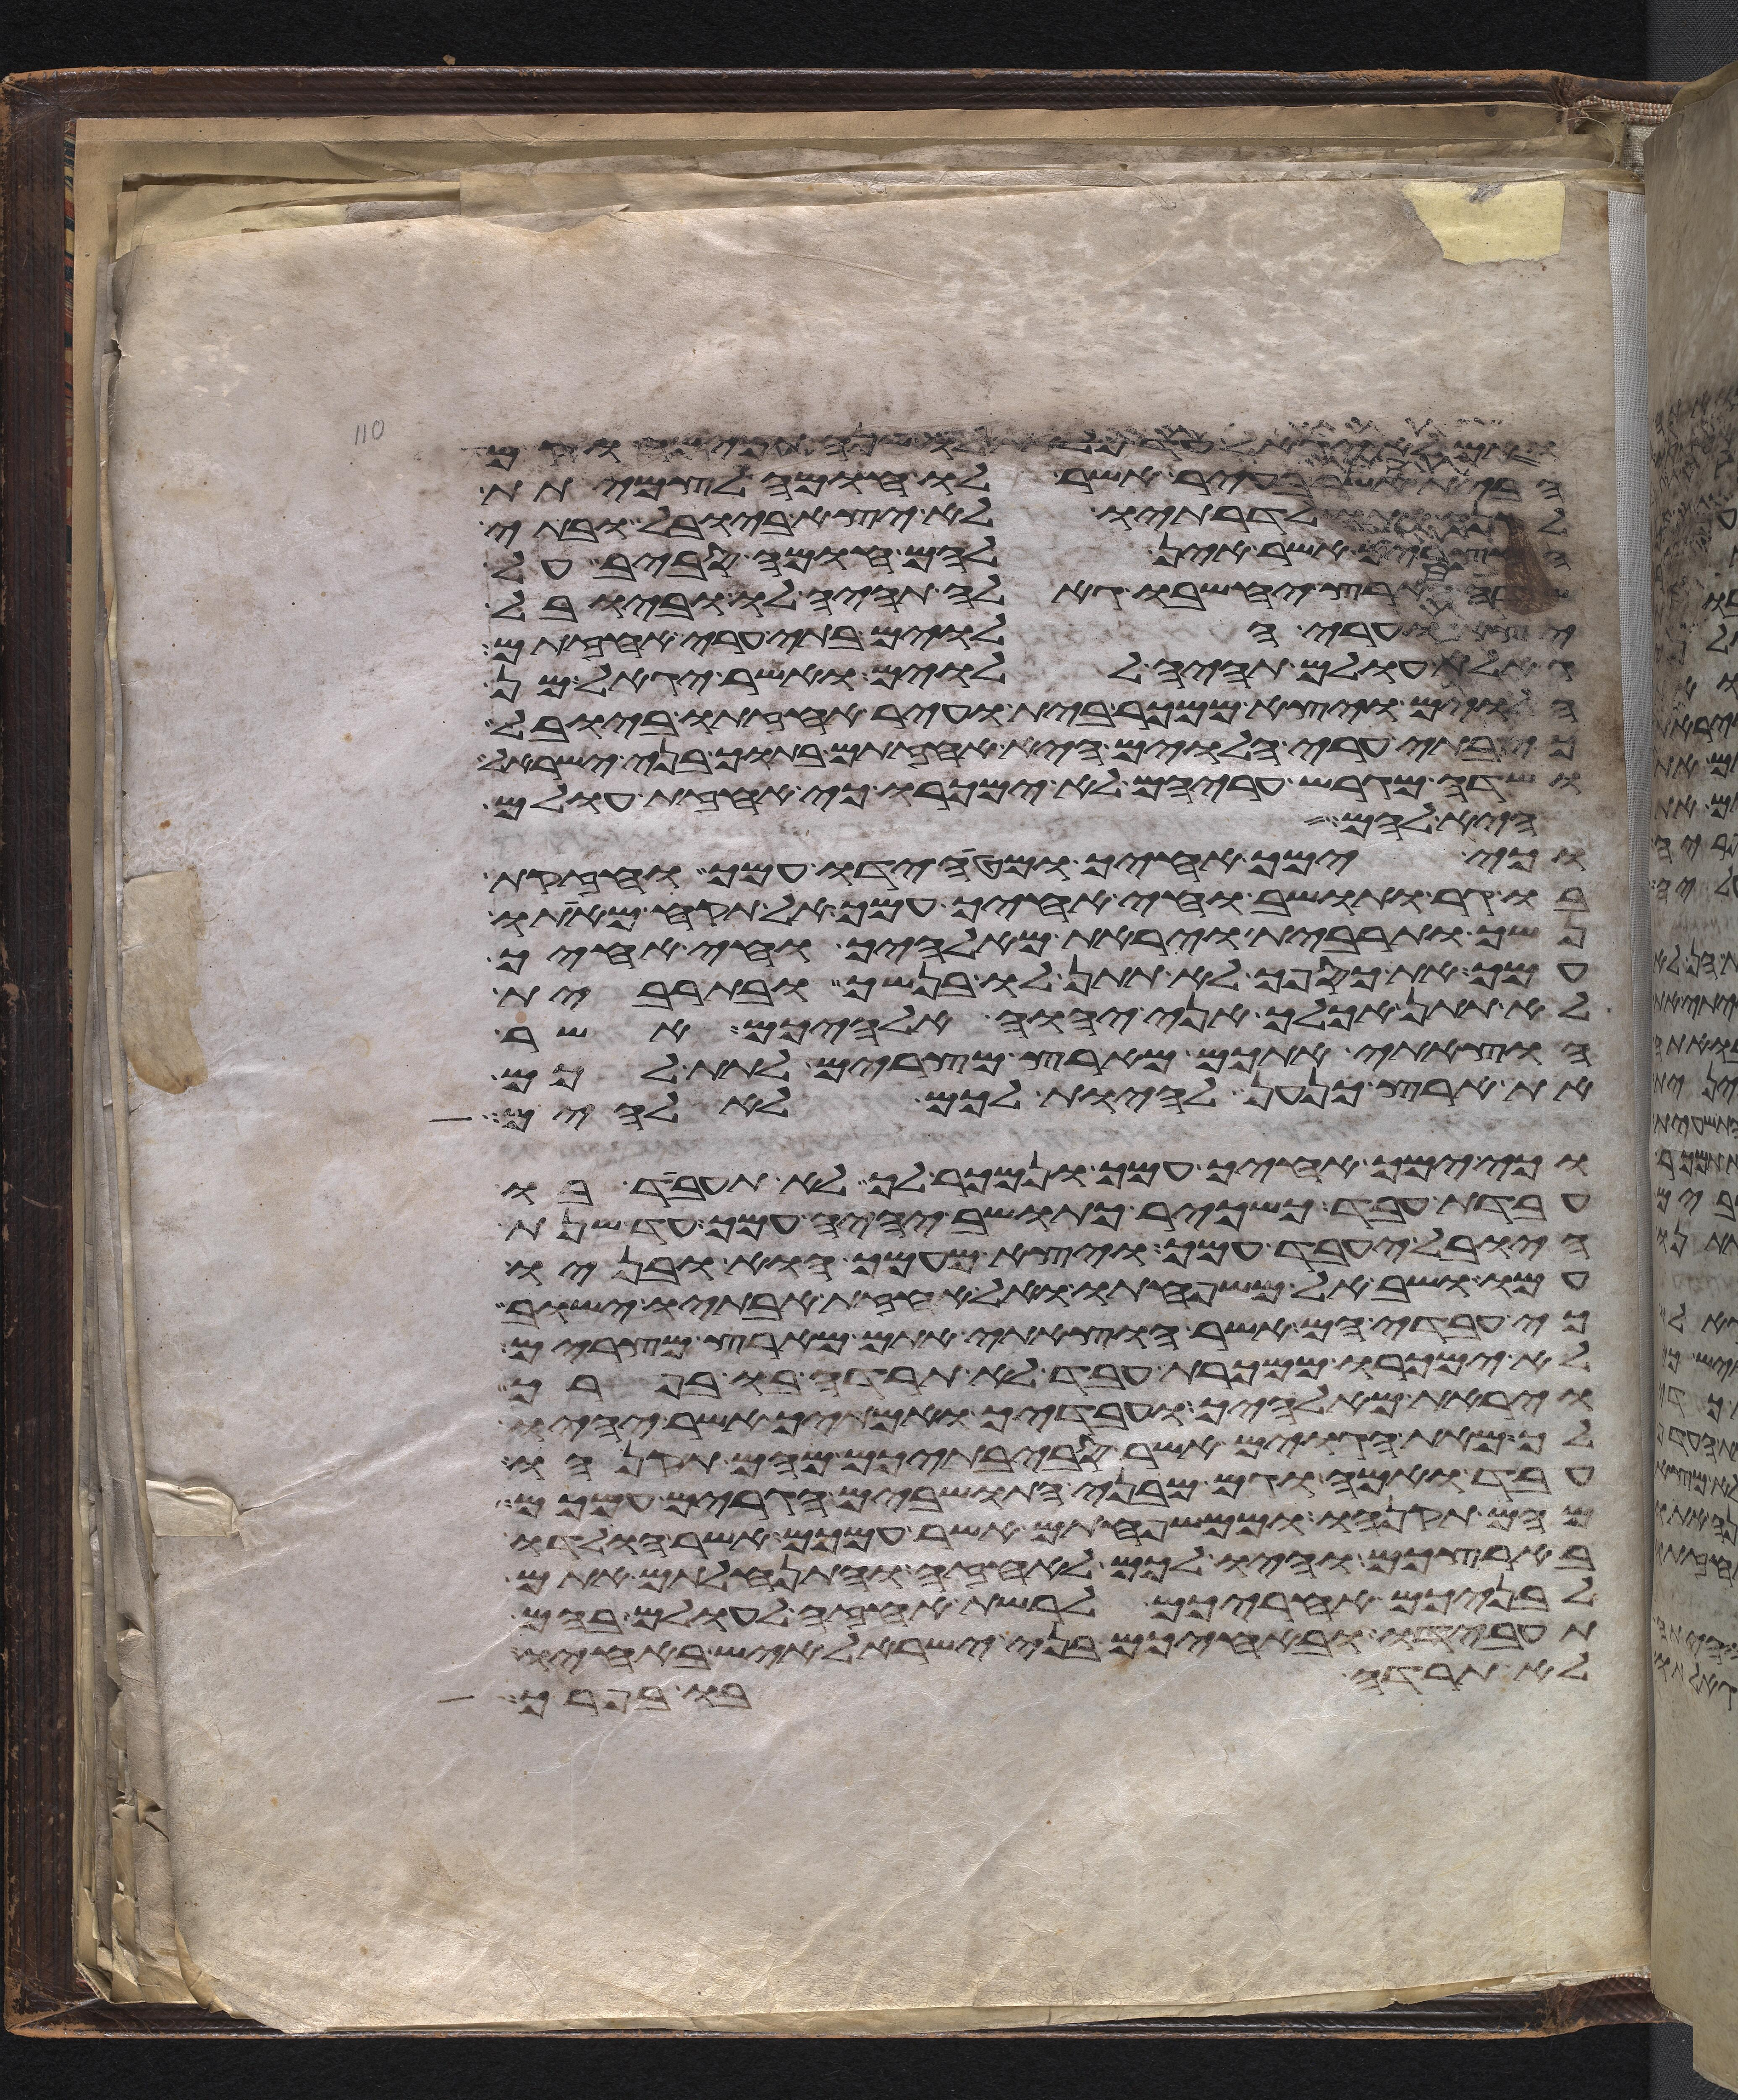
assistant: ואם לא יגאל עד מלאת לו שנה תמימה וקם
הבית אשר בעיר אשר לו חומה לצמיתת
לקנה אתו לדרתיו לא יצא ביובל ובתי
החצרים אשר אין להם חומה סביב על
הארץ יחשבו גאלה תהיה לו וביובל
יצא וערי הלוים בתי ערי אחזתם
גאלת עולם תהיה ללוים ואשר יגאל מן
הלוים ויצא ממכר בית ועיר אחזתו ביובל
כי בתי ערי הלוים היא אחזתם בתוך בני ישראל
ושדה מגרש עריהם לא ימכרו כי אחזת עולם
היא להם
וכי ימך אחיך ומטה ידו עמך וחזקת
בו גר ותושב וחי אחיך עמך אל תקח מאתו
נשך ותרבית ויראת מאלהיך וחי אחיך
עמך את כספך לא תתן לו בנשך ובתרבית
לא תתן אכלך אני יהוה אלהיכם אשר
הוצאתי אתכם מארץ מצרים לתת לכם
את ארץ כנען להיות לכם לאלהים
וכי ימך אחיך עמך ונמכר לך לא תעבד בו
עבדת עבד כשכיר כתושב יהיה עמך עד שנת
היובל יעבד עמך ויצא מעמך הוא ובניו
עמו ושב אל משפחתו ואל אחזת אבתיו ישוב
כי עבדיהם אשר הוצאתי אתם מארץ מצרים
לא ימכרו ממכרת עבד לא תרדה בו בפרך
ויראת מאלהיך ועבדיך ואמתיך אשר יהיו
לך מאת הגוים אשר סביבתיכם מהם תקנהו
עבד ואמה וגם מבני התושבים הגרים עמכם
מהם תקנהו וממשפחתם אשר עמכם אשר הולדו
בארצכם והיו לכם לאחזה והתנחלתם אתם
לבניכם אחריכם לרשת אחזה לעולם בהם
תעבידו ובאחיכם בני ישראל איש באחיו
לא תרדה בו בפרך